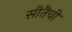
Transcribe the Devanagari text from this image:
सीतॆची